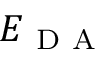
E _ { \mathrm { ~ D ~ A ~ } }